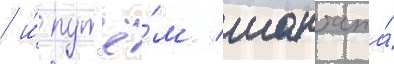
/ и́ пут'ё́м шантажа́